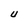
Character: U